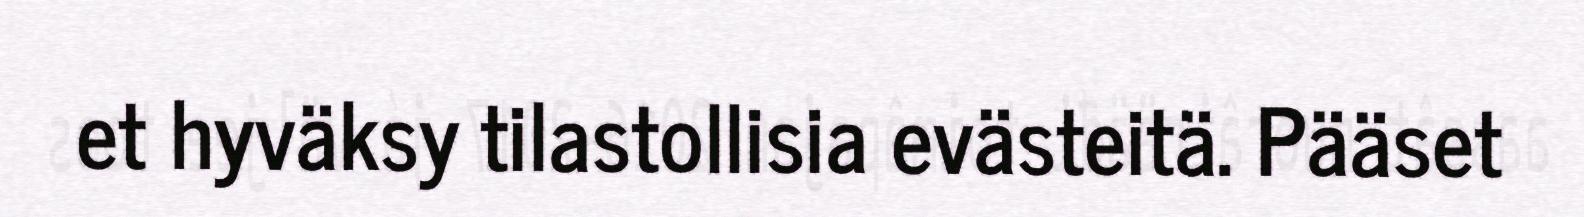
et hyväksy tilastollisia evästeitä. Pääset